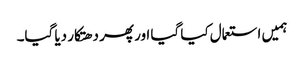
ہمیں استعمال کیا گیا اور پھر دھتکار دیا گیا۔